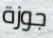
جوزة